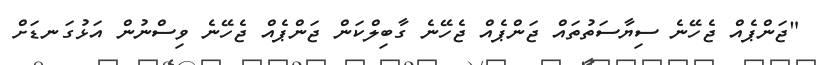
"ޖަންޕެއް ޖެހޭނެ ސިޔާސަތުތައް ޖަންޕެއް ޖެހޭނެ ގާބިލްކަން ޖަންޕެއް ޖެހޭނެ ވިސްނުން އަޅުގަނޑަށް